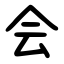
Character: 会